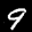
Label: 9